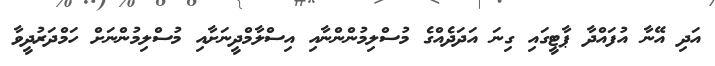
އަދި އޭނާ އުފައްދާ ޕާޓީގައި ގިނަ އަދަދެއްގެ މުސްލިމުންންނާއި އިސްލާމްދީނަށާއި މުސްލިމުންނަށް ހަމްދަރުދީވާ